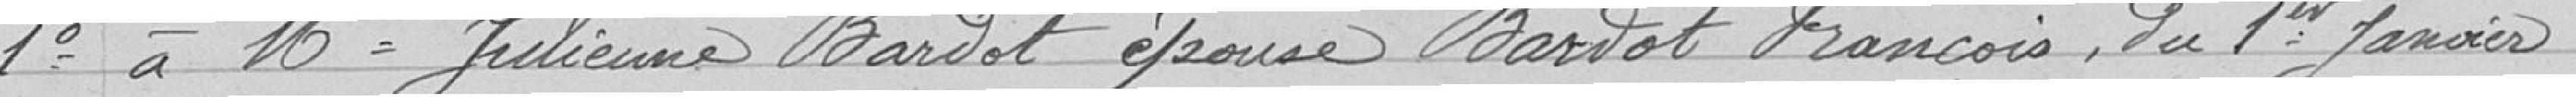
1° à Mme Juilienne Bardot épouse Bardot François, du 1er Janvier